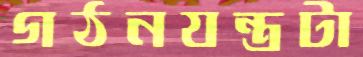
গঠনযন্ত্রটা